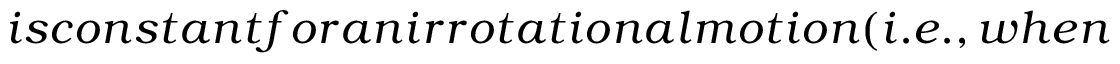
i s c o n s t a n t f o r a n i r r o t a t i o n a l m o t i o n ( i . e . , w h e n